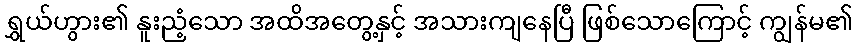
ရွှယ်ဟွား၏ နူးညံ့သော အထိအတွေ့နှင့် အသားကျနေပြီ ဖြစ်သောကြောင့် ကျွန်မ၏